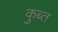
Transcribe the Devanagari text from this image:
कुब्त